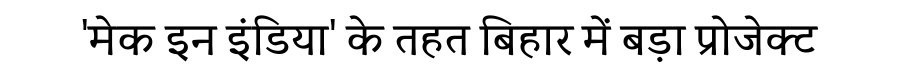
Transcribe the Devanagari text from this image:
'मेक इन इंडिया' के तहत बिहार में बड़ा प्रोजेक्ट